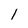
Character: l